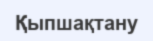
Қыпшақтану